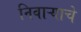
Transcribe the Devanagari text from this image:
निवाऱ्याचे